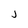
Character: j